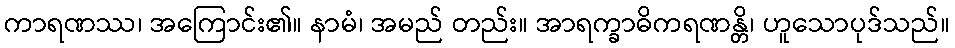
ကာရဏဿ၊ အကြောင်း၏။ နာမံ၊ အမည် တည်း။ အာရက္ခာဓိကရဏန္တိ၊ ဟူသောပုဒ်သည်။